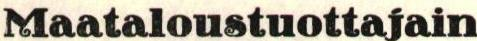
Maataloustuottajain